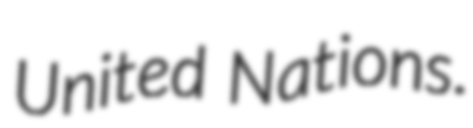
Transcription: United Nations.